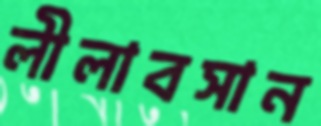
লীলাবসান